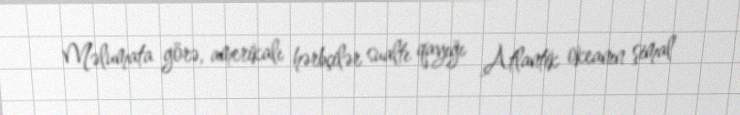
Məlumata görə, amerikalı hərbçilər sualtı qayığı Atlantik okeanın şimal